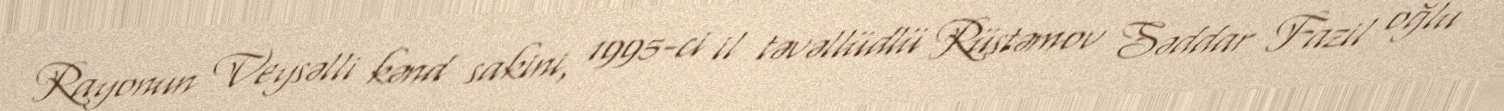
Rayonun Veysəlli kənd sakini, 1995-ci il təvəllüdlü Rüstəmov Səddar Fazil oğlu